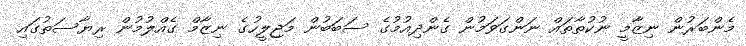
މެންބަރުން ނިޒާމީ ނުކުތާތައް ނަންގަވަމުން ގެންދިއުމުގެ ސަބަބުން މަޖިލީހުގެ ނިޒާމް ގެއްލުމުން ރިޔާސަތުގައި